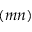
( m n )